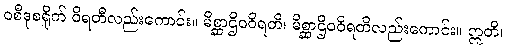
ဝစီဒုစရိုက် ဝိရတီလည်းကောင်း။ မိစ္ဆာဌိဝဝိရတိ၊ မိစ္ဆာဌိဝဝိရတိလည်းကောင်း။ ဣတိ၊